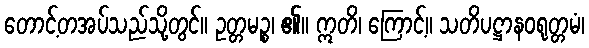
တောင့်တအပ်သည်သို့တွင်။ ဥတ္တမဉ္စ၊ ၏။ ဣတိ၊ ကြောင့်။ သတိပဋ္ဌာနဝရုတ္တမံ၊